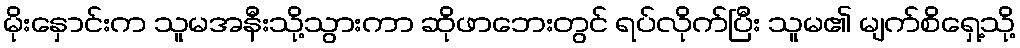
မိုးနှောင်းက သူမအနီးသို့သွားကာ ဆိုဖာဘေးတွင် ရပ်လိုက်ပြီး သူမ၏ မျက်စိရှေ့သို့